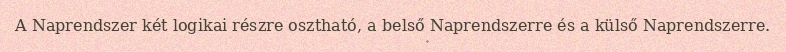
A Naprendszer két logikai részre osztható, a belső Naprendszerre és a külső Naprendszerre.